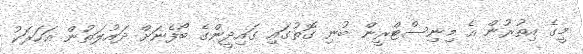
މީގެ އިތުރުން އެ މިނިސްޓްރީން ބުނި ގޮތުގައި ގައިދީންގެ ބޯފެނަށް ދައުލަތުން އަހަރަކު